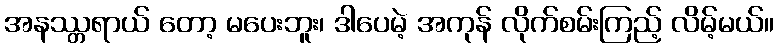
အနဿ္တရာယ် တော့ မပေးဘူး၊ ဒါပေမဲ့ အကုန် လိုက်စမ်းကြည့် လိမ့်မယ်။